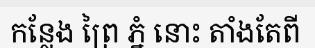
កន្លែង ព្រៃ ភ្នំ នោះ តាំងតែពី